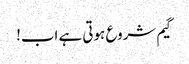
گیم شروع ہوتی ہے اب!